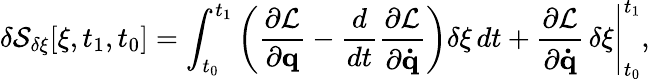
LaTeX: \delta{\cal{S}}_{\delta\xi}[\xi,t_{1},t_{0}]=\int_{t_{0}}^{t_{1}}\left({\frac{\partial{\cal{L}}}{\partial\mathbf{q}}}-{\frac{d}{dt}}{\frac{\partial{\cal{L}}}{\partial\mathbf{\dot{q}}}}\right)\delta\xi\, dt+{\frac{\partial{\cal{L}}}{\partial\mathbf{\dot{q}}}}\, \delta\xi{\Biggl|}_{t_{0}}^{t_{1}},